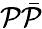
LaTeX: \mathcal{P}\bar{{\mathcal{P}}}